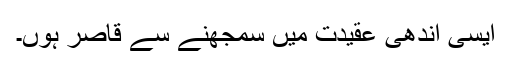
ایسی اندھی عقیدت میں سمجھنے سے قاصر ہوں۔